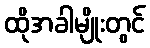
ထိုအခါမျိုးတွင်